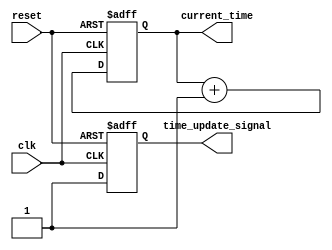
module simulation_time_init #(
    parameter START_TIME = 0,          // Default start time in nanoseconds
    parameter TIME_RESOLUTION = 1       // Time resolution in nanoseconds
)(
    input wire clk,                     // Clock signal for time updates
    input wire reset,                   // Reset signal to initialize the time
    output reg [31:0] current_time,     // Current simulation time
    output reg time_update_signal        // Signal indicating time update
);

    // Internal signal for time increment
    reg [31:0] time_increment;

    // Initialization logic
    initial begin
        // Validate start time and resolution
        if (START_TIME < 0) begin
            $display("Error: START_TIME must be non-negative.");
            $finish;
        end

        if (TIME_RESOLUTION <= 0) begin
            $display("Error: TIME_RESOLUTION must be positive.");
            $finish;
        end

        // Initialize current time
        current_time = START_TIME;
        time_increment = TIME_RESOLUTION;
        time_update_signal = 0;
    end

    // Time management logic
    always @(posedge clk or posedge reset) begin
        if (reset) begin
            // Reset current time to the start time
            current_time <= START_TIME;
            time_update_signal <= 0;
        end else begin
            // Increment the current time
            current_time <= current_time + time_increment;
            time_update_signal <= 1; // Indicate that time has been updated
        end
    end

    // Event handling based on current time (example)
    always @(current_time) begin
        // Example condition to trigger an event
        if (current_time == 100) begin
            $display("Event triggered at time: %0d ns", current_time);
        end
    end

endmodule